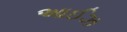
આઈઝ